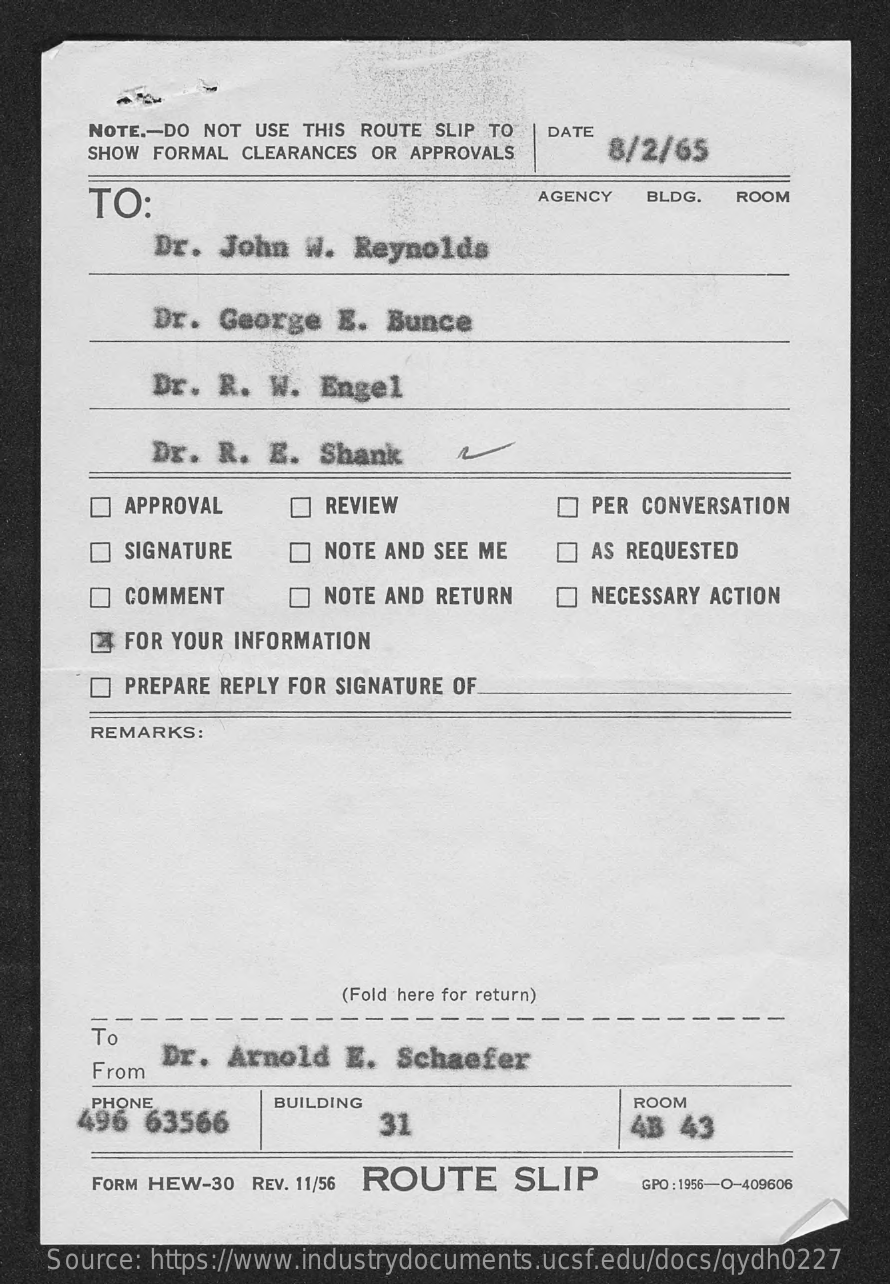
NOTE .- DO NOT USE THIS ROUTE SLIP TO DATE
     SHOW FORMAL CLEARANCES OR APPROVALS   8/2/65
     TO:    AGENCY  BLDG.  ROOM
     Dr. John   W. Reynolds
     Dr. George   E.  Bunce
     Dr.  R.  W.  Engel
     Dr.  R.  E.  Shank
     APPROVAL    REVIEW    PER CONVERSATION
     SIGNATURE    NOTE AND SEE ME    AS REQUESTED
     COMMENT    NOTE AND RETURN    NECESSARY ACTION
     FOR YOUR INFORMATION
     PREPARE REPLY FOR SIGNATURE OF
     REMARKS:
     (Fold here for return)
     To
     From
     Dr.  Arnold   E. Schaefer
     PHONE
     496  63566
     BUILDING
     31
     ROOM
     4B  43
     FORM HEW-30 REV. 11/56 ROUTE   SLIP    GPO : 1956-O-409606
    Source: https://www.industrydocuments.ucsf.edu/docs/qydh0227